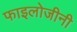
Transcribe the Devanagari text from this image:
फाइलोजीनी